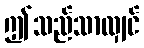
ဤသည်သာလျှင်